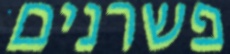
פשרנים